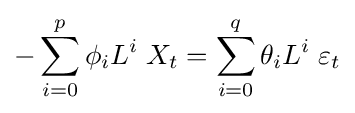
-\sum _{i=0}^{p}\phi _{i}L^{i}\;X_{t}=\sum _{i=0}^{q}\theta _{i}L^{i}\;\varepsilon _{t}